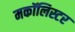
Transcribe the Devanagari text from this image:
मकॉलिस्टर